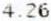
4.26